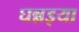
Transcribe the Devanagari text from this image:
घन्नइया